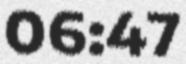
06:47